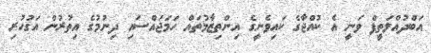
އަބްދުއްލަތީފް ވަނީ އެ ކުއްޖާގެ ކައިވެނީގެ އިންތިޒާމުތައް ހަމަޖައްސައި ދިނުމުގެ އިތުރުން އަގުހުރި